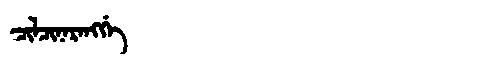
Manchu: ᠴᡳᠯᠴᡳᠨᠠᡵᠠᠩᡤᡝ
Romanization: CILCINARANGGE